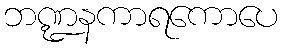
ဘဏ္ဍနကာရကောပေ